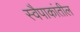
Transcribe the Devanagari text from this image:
स्वैपाकांतील